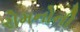
રોમનોની